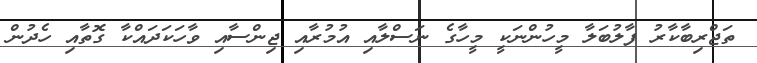
ތަޖްރިބާކާރު ފާލުބަލާ މީހުންނަކީ މީހާގެ ނަސްލާއި އުމުރާއި ޖިންސާއި ވާހަކަދައްކާ ގޮތާއި ހެދުން